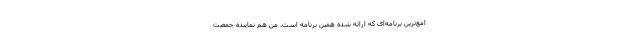
امع‌ترین برنامه‌ای که ارائه شده همین برنامه است. من هم نماینده جمعیت